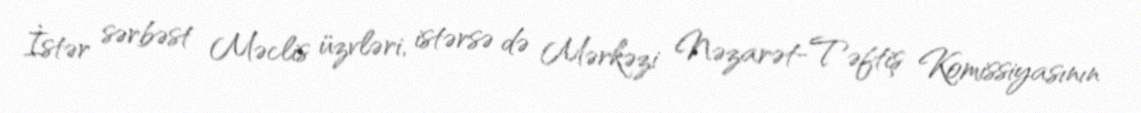
İstər sərbəst Məclis üzvləri, istərsə də Mərkəzi Nəzarət-Təftiş Komissiyasının